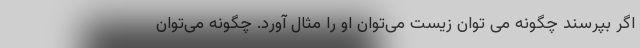
اگر بپرسند چگونه می توان زیست می‌توان او را مثال آورد. چگونه می‌توان